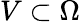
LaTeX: V\subset\Omega